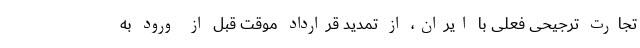
تجارت ترجیحی فعلی با ایران، از تمدید قرارداد موقت قبل از ورود به